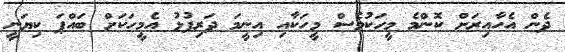
ދެން އެހާއިރަށް ކޮންމެ މީހަކުވެސް މީހަކާއި އިނީމަ ދަރިފުޅު އެމީހަކަށް ބައްޕަ ކިޔަނީ